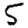
Digit: 5